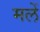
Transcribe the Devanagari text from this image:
मलें